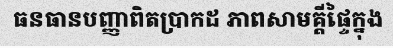
ធនធានបញ្ញាពិតប្រាកដ ភាពសាមគ្គីផ្ទៃក្នុង